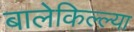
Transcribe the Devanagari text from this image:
बालेकिल्ल्या